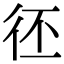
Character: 𢓖